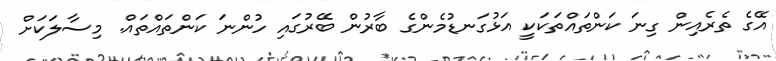
އޭގެ ތެރެއިން ގިނަ ކަންތައްތަކަކީ އަޅުގަނޑުމެންގެ ބާރުން ބޭރުގައި ހުންނަ ކަންތައްތައް. މިސާލަކަށް